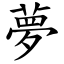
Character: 夢